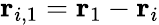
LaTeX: \mathbf{r}_{i,1}=\mathbf{r}_{1}-\mathbf{r}_{i}